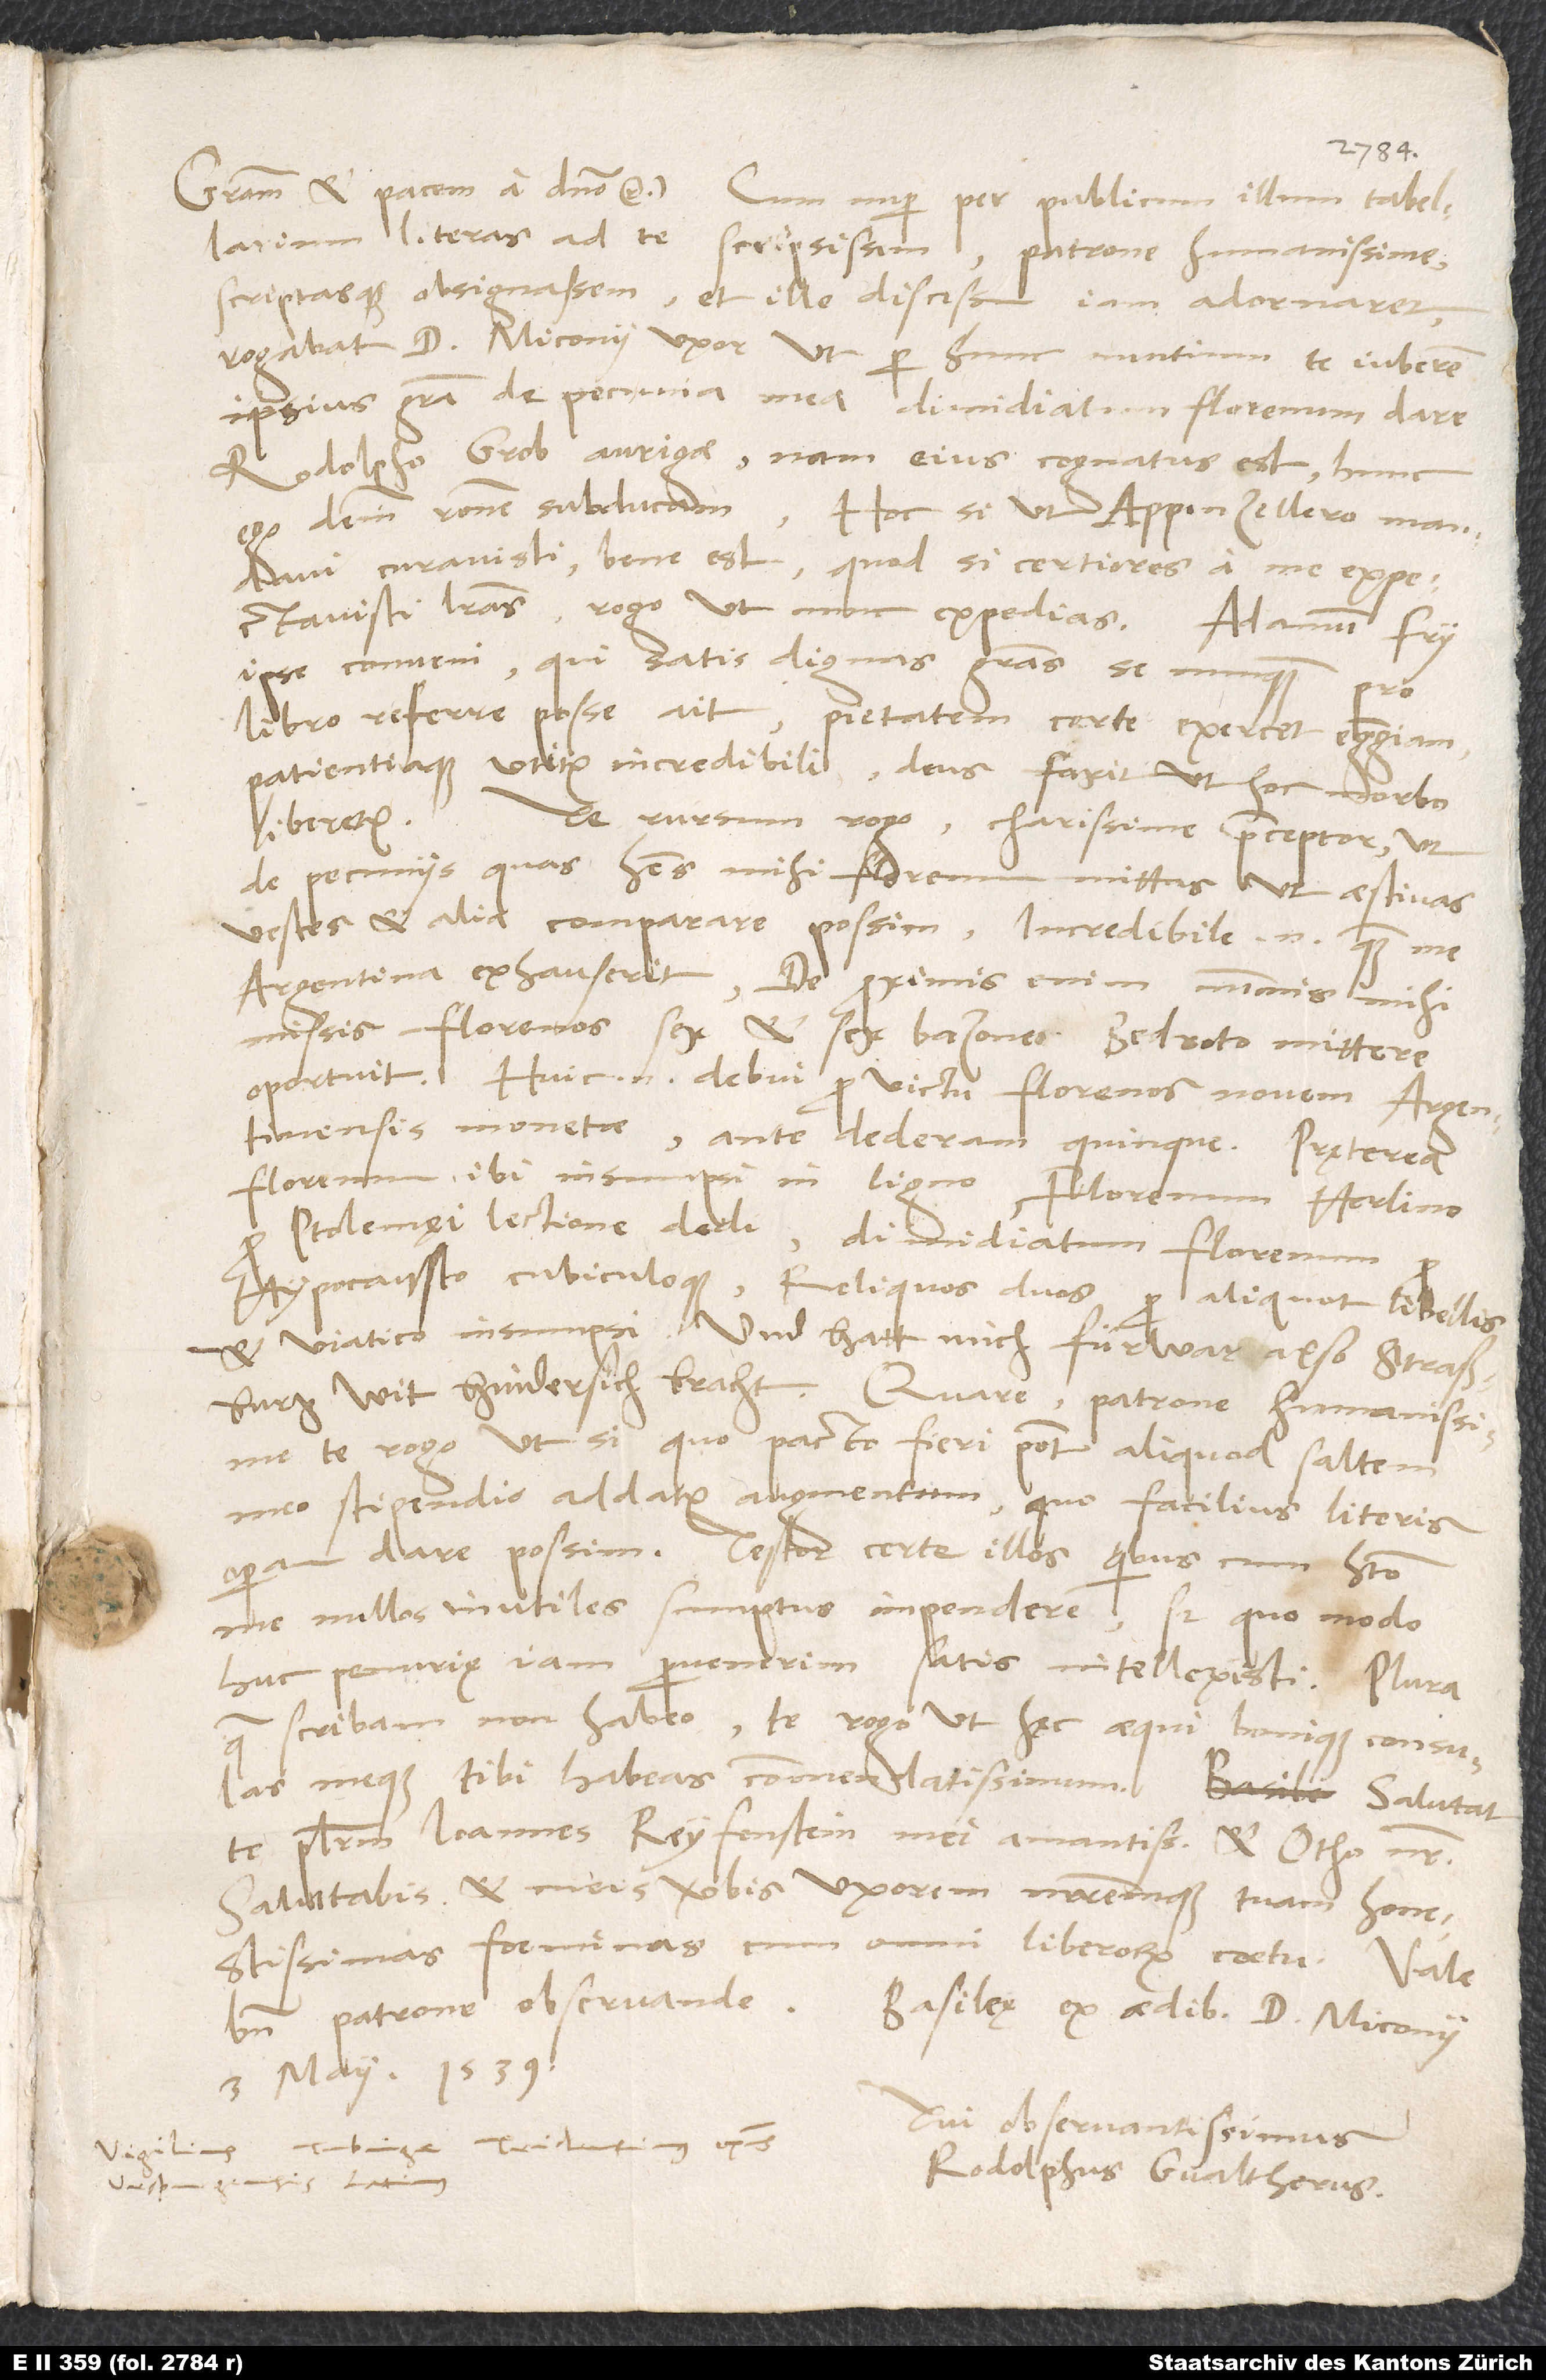
literas ad te scripsissem, patrone humanissime,
scriptasque obsignassem et ille discessum iam adornaret,
rogabat d. Miconii uxor, ut per hunc nuntium te iuberem
ipsius gratia de pecunia mea dimidiatum florenum dare
Rodolpho Grob aurigae, nam eius cognatus est; hunc
ego deinde ratione subducam. Hoc si, ut Appenzellero mandavi,
curavisti, bene est; quod si certiores a me expectavisti
literas, rogo, ut nunc expedias.
ipse conveni, qui satis dignas gratias se nunquam pro
libro referre posse ait. Pietatem certe exercet egregiam
patientiaque utitur incredibili. Deus faxit, ut hoc morbo
liberetur.
Te rursum rogo, charissime praeceptor, ut
de pecuniis, quas habes, mihi florenum mittas, ut aestivas
vestes et alia comparare possim; incredibile enim, quam me
Argentina exhauserit. De proximis enim nummis mihi
missis florenos sex et sex bazones Bedroto mittere
oportuit; huic enim debui pro victu florenos novem Argentinensis
monetae, ante dederam quinque. Pręterea
florenum ibi insumpsi in ligno, florenum Herlino
pro Ptolemęi lectione dedi, dimidiatum florenum
hypocausto cubiculoque; reliquos duos pro aliquot libellis
et viatico insumpsi. Und hatt mich fürwar also Straßburg
wit hindersich bracht. Quare, patrone humanissime,
te rogo, ut, si quo pacto fieri potest, aliquod saltem
meo stipendio addatur augmentum, quo facilius literis
operam dare possim. Testor certe illos, quibuscum habito,
me nullos inutiles sumptus impendere; sed quo modo
huc penurię iam pervenerim, satis intellexisti. Plura,
quae scribam, non habeo. Te rogo, ut hęc aequi bonique consulas
meque tibi habeas commendatissimum.
te plurimum Ioannes Reyfenstein mei amantissimus et Otho noster.
Salutabis et meis verbis uxorem matremque tuam, honestissimas
foeminas, cum omni liberorum coetu. Vale
3. maii 1539.
Tui observantissimus
Rodolphus Gvaltherus.